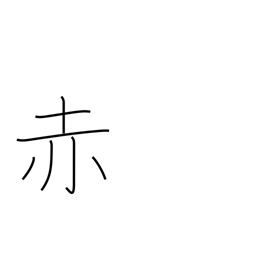
Meaning: red